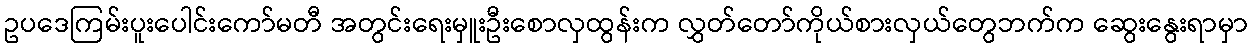
ဥပဒေကြမ်းပူးပေါင်းကော်မတီ အတွင်းရေးမှူးဦးစောလှထွန်းက လွှတ်တော်ကိုယ်စားလှယ်တွေဘက်က ဆွေးနွေးရာမှာ